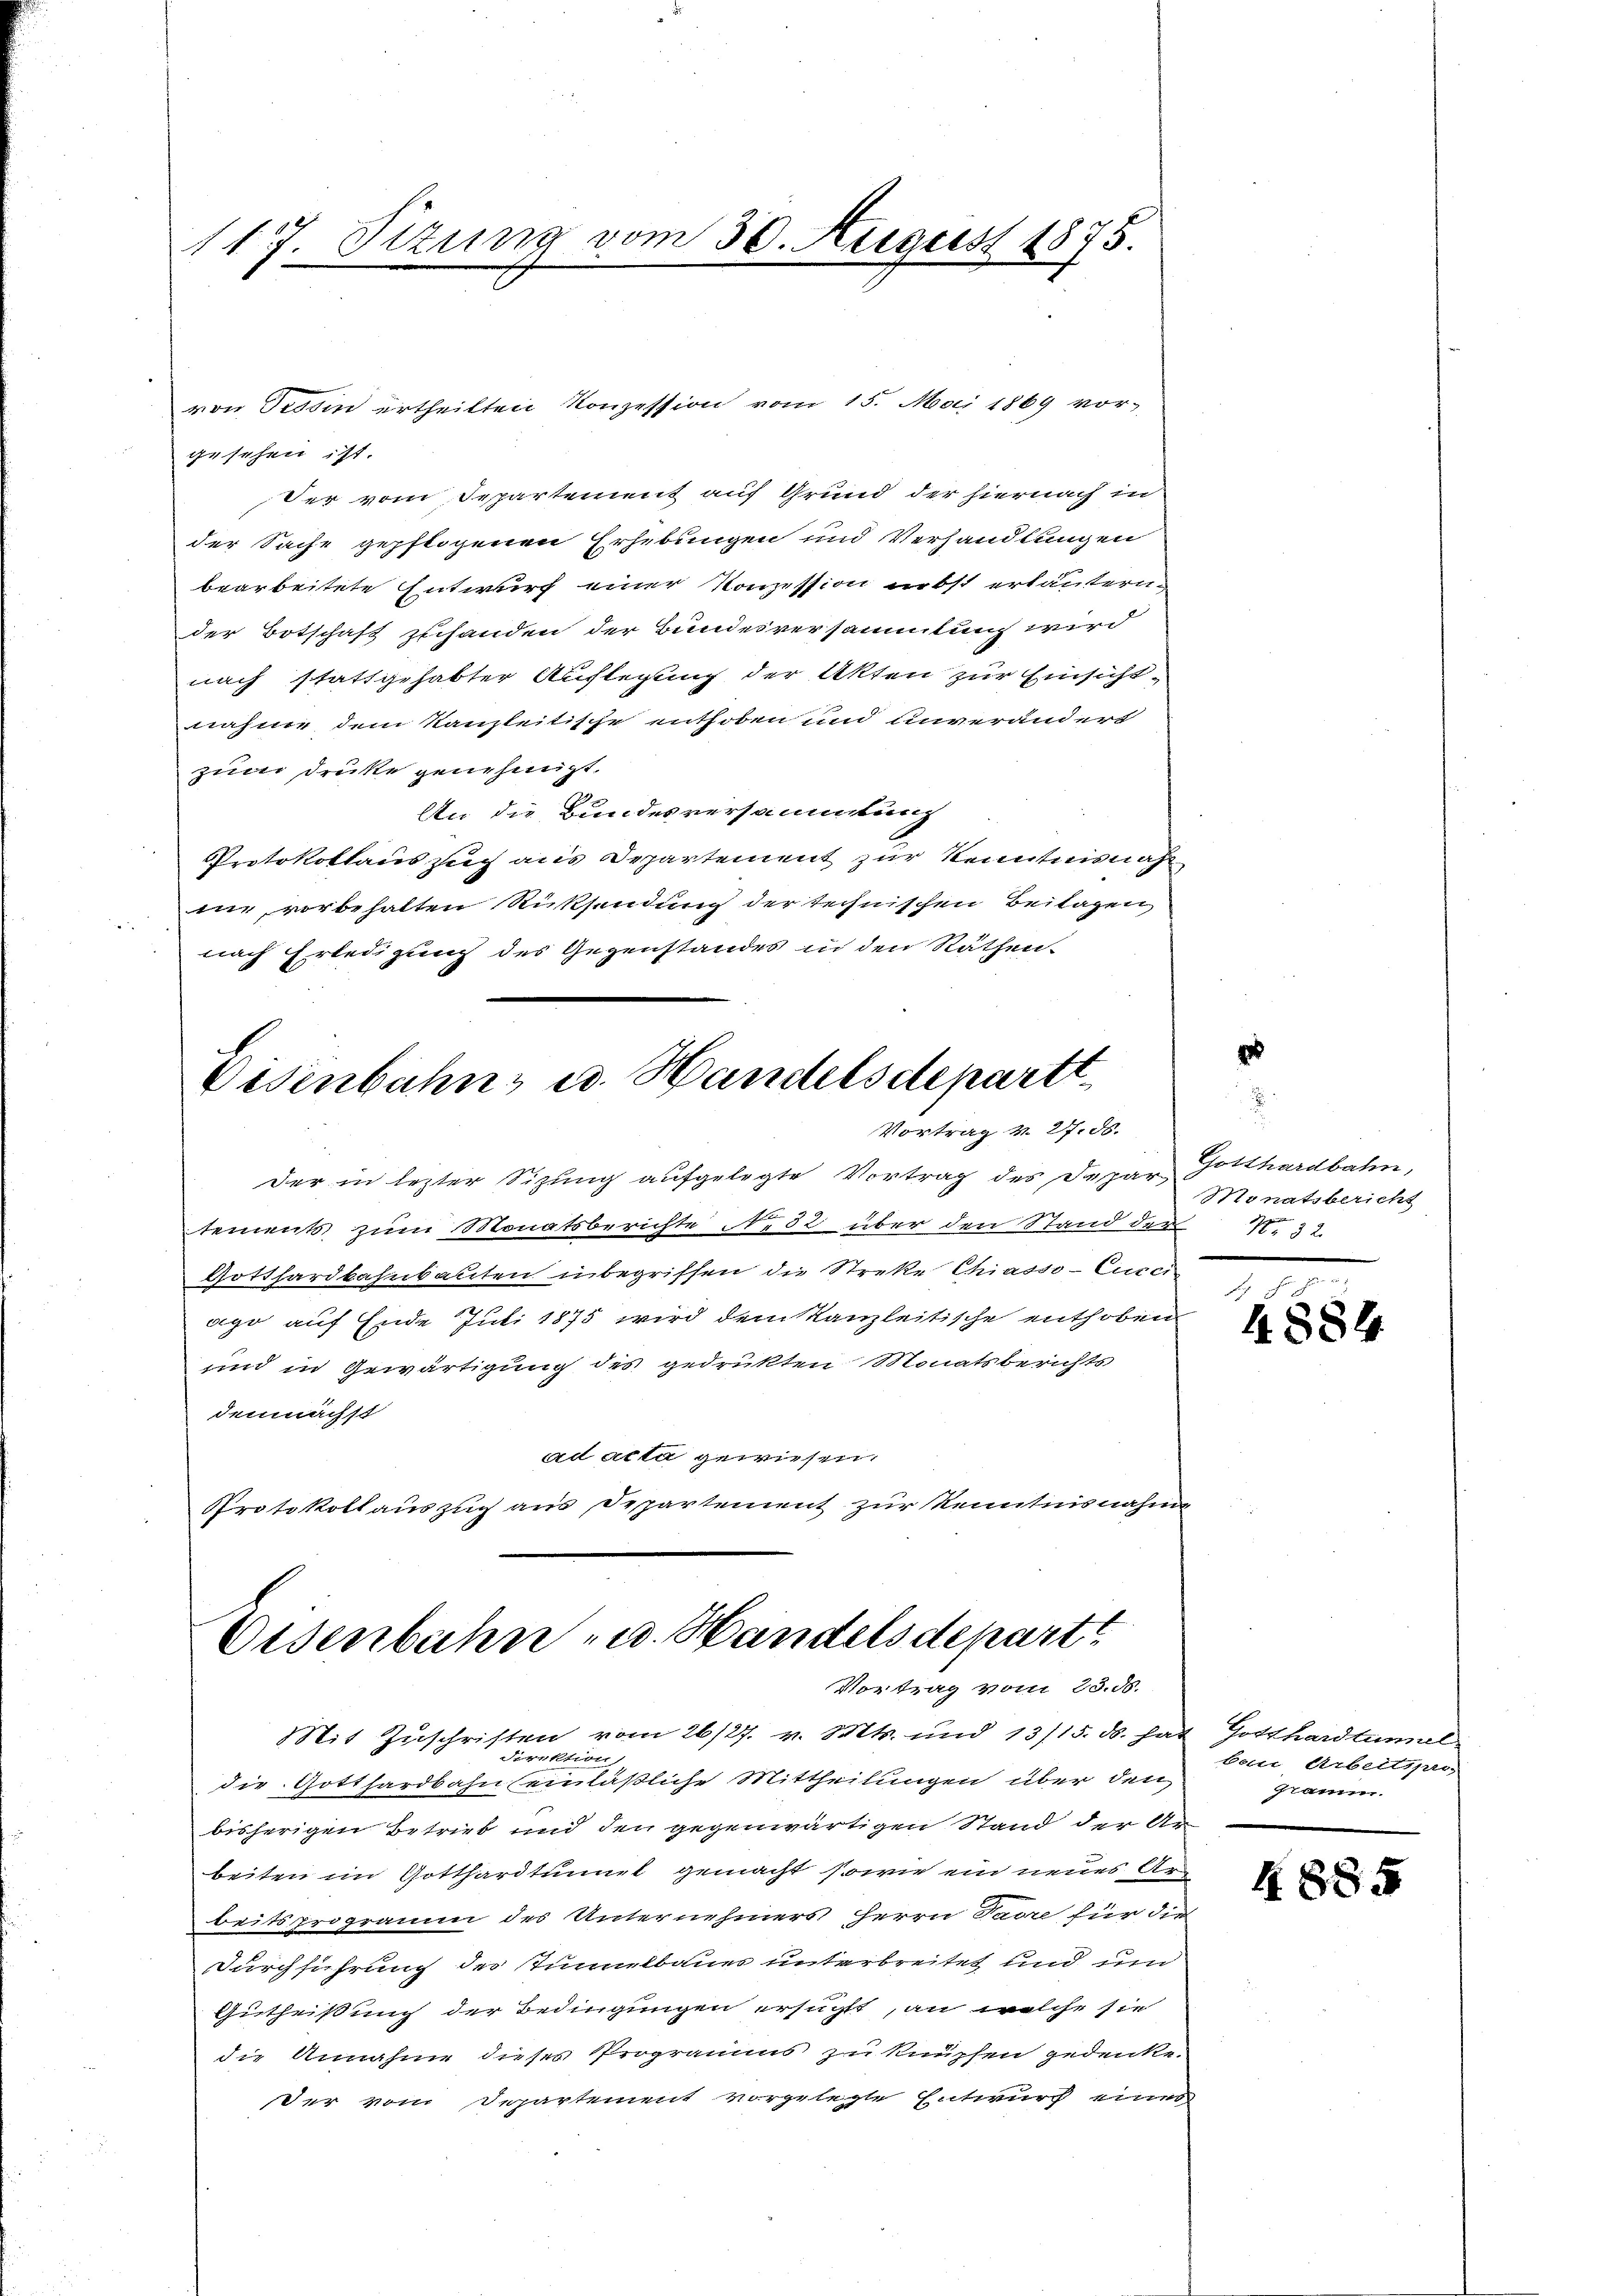
1177. Sitzung vom 30. August 1875.

gesehen ist.
Der vom Departement auf Grund der hiernach in
der Sache gepflogenen Erhebungen und Verhandlungen
bearbeitete Entwurf einer Konzession nebst erläutern-
der Botschaft zuhanden der Bundesversammlung wird
nach stattgehabter Auflegung der Akten zur Einsichtnahme dem Kanzleitische enthoben und unverändert
zum Drucke genehmigt.
An die Bundesversammlung
Protokollauszug aus Departement zur Kenntnisnah
mie, vorbehalten Rücksendung der technischen Beilagen,
nach Erledigung des Gegenstandes in den Räthen.

von Tessin ertheilten Konzession vom 15. Mai 1869 vor¬

Osenbahn u. Handelsdepartt
Vortrag v. 27. 58.

Der in lezter Sitzung aufgelegte Vortrag des Dapar Gotthardbahn,
tements zum Monatsberichte No 82 über den Stand der N. 32.
Gotthardbahnbauten inbegriffen die Streke Chiasso- Eurer-
ago auf Ende Juli 1875 wird dem Kanzleitische enthoben
und in Gewärtigung des gedrükten Monatsberichts
demnächst
ad acta gewiesen.
Protokollauszug aus Departement zur Kenntnisnahme

Eisenbahn - u. Handels departe
Vortrag vom 23. ds.

Monatsbericht

Mit Zŭschriften vom 26/27. v. Mts. und 13/15. ds. hat Gotthardtumul
e
g
die Gotthardbahn einläßliche Mittheilungen über den
bisherigen Betrieb und den gegenwärtigen Stand der An-
beiten im Gotthardtunnel gemacht, sowie ein neues Arbeitsprogramm des Unternehmers Herrn Paare für die
Durchführung des Tumulbauer unterbreitet und un
Gutheißung der Bedingungen ersucht, an welche sie
die Annahme dieses Programms zu knüpfen gedenke.
Der vom Departement vorgelegte Entwurf eines

4884.

beter Arbeitspro
Gramm.

4. 885